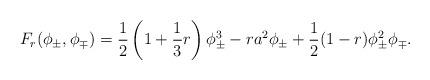
LaTeX: \begin{align*}F_{r}(\phi_{\pm},\phi_{\mp})=\frac{1}{2}\left(1+\frac{1}{3} r\right)\phi^3_{\pm}- r a^2\phi_{\pm}+\frac{1}{2}(1- r)\phi^2_{\pm}\phi_{\mp}.\end{align*}